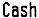
CASH